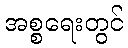
အစ္စရေးတွင်